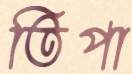
তিপা